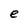
Character: e